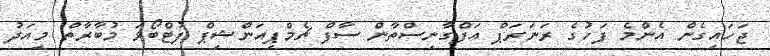
ޖަހައިގެން އެންމެ ފަހުގެ ރަނަރަޕް އަފްގާނިސްތާން ސާފް ޗެމްޕިއަންޝިޕް ފުޓްބޯޅަ މުބާރާތް މިއަދު